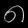
Digit: ၈